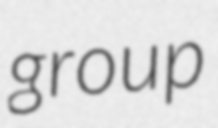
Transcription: group